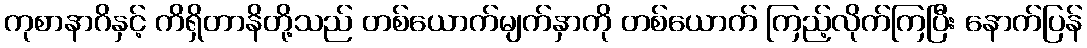
ကုစာနာဂိနှင့် ကိရှိတာနိတို့သည် တစ်ယောက်မျက်နှာကို တစ်ယောက် ကြည့်လိုက်ကြပြီး နောက်ပြန်